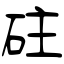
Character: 砫